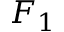
F _ { 1 }